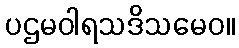
ပဌမဝါရသဒိသမေဝ။